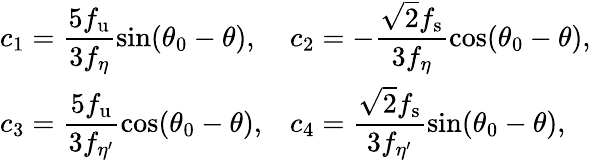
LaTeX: \begin{array}{ll}{{\displaystyle c_{1}=\frac{5f_{\mathrm{u}}}{3f_{\eta}}\sin(\theta_{0}-\theta),}}&{{\displaystyle c_{2}=-\frac{\sqrt{2}f_{\mathrm{s}}}{3f_{\eta}}\cos(\theta_{0}-\theta),}}\\ {{\displaystyle c_{3}=\frac{5f_{\mathrm{u}}}{3f_{\eta^{\prime}}}\cos(\theta_{0}-\theta),}}&{{\displaystyle c_{4}=\frac{\sqrt{2}f_{\mathrm{s}}}{3f_{\eta^{\prime}}}\sin(\theta_{0}-\theta),}}\end{array}